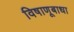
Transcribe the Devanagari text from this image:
विषाणूबाधा